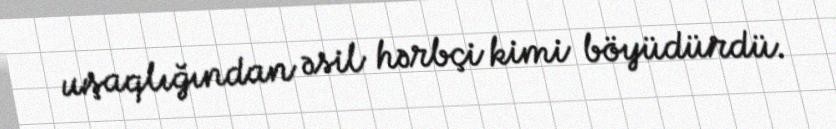
uşaqlığından əsil hərbçi kimi böyüdürdü.